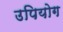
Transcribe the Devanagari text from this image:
उपियोग